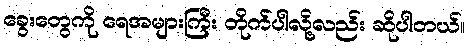
ခွေးတွေကို ရေအများကြီး တိုက်ပါလို့လည်း ဆိုပါတယ်။